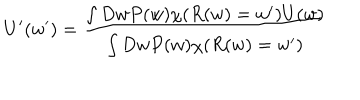
LaTeX: U ^ { \prime } ( w ^ { \prime } ) = \frac { \int D w P ( w ) \chi ( R ( w ) = w ^ { \prime } ) U ( w ) } { \int D w P ( w ) \chi ( R ( w ) = w ^ { \prime } ) }